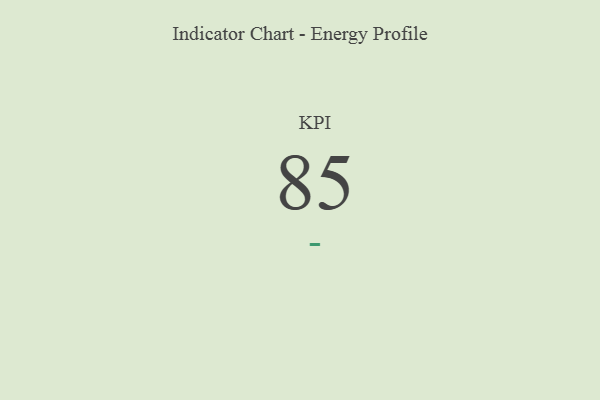
{"axis": {"x": "KPI", "y": "Value"}, "legend": [""], "data": [{"x": "KPI", "y": 85, "type": ""}]}